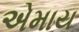
એમાય